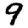
Digit: 9